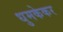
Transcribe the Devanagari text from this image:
धुमकेकर